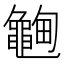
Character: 𱋽